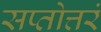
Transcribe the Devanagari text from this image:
सप्तोत्तरं